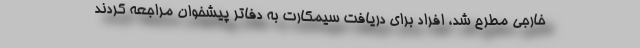
خارجی مطرح شد، افراد برای دریافت سیمکارت به دفاتر پیشخوان مراجعه کردند